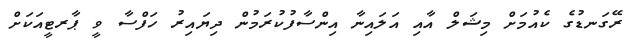
ރޭގަނޑުގެ ކެއުމަށް މިޝަލް އާއި އަލައިނާ އިންސާފުކުރަމުން ދިޔައިރު ހަފްސާ ވީ ޕާރޓީއަކަށް